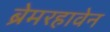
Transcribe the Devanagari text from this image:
ब्रेमरहावेन